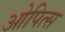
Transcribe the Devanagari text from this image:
ओपित्स